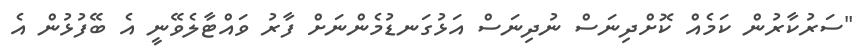
"ސަރުކާރުން ކަމެއް ކޮށްދިނަސް ނުދިނަސް އަޅުގަނޑުމެންނަށް ފާރު ވައްޓާލެވޭނީ އެ ބޭފުޅުން އެ